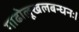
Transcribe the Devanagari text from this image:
गाढोलूखलबन्धनः।